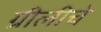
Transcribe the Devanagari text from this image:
ग्रीलीचे